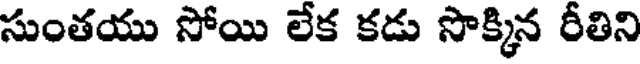
సుంతయు సోయి లేక కడు సొక్కిన రీతిని